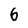
Character: 6